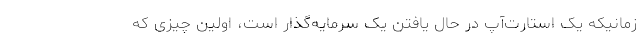
زمانیکه یک استارت‌آپ در حال یافتن یک سرمایه‌گذار است، اولین چیزی که